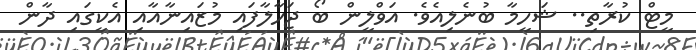
މީޓް ކުރާތި.. ޝަހީމާ ބުނެލިއެވެ. އަވްލީން ބޯ ޖަހާލާފައި މުޒައިނާއާއި އެކީގައި ދާން